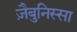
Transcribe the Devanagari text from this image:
ज़ैबुनिस्सा